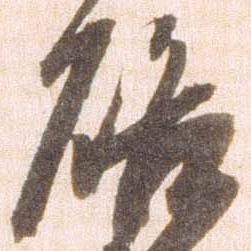
啓